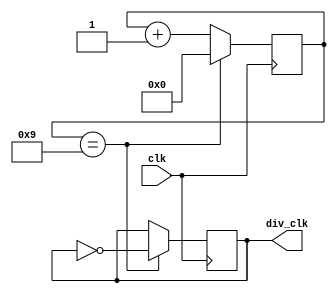
`timescale 1ns / 1ps
//////////////////////////////////////////////////////////////////////////////////
// Company: 
// Engineer: 
// 
// Design Name: 
// Module Name: div_clk
// Project Name: 
// Target Devices: 
// Tool Versions: 
// Description: 
// 
// Dependencies: 
// 
// Revision:
// Revision 0.01 - File Created
// Additional Comments:
// 
//////////////////////////////////////////////////////////////////////////////////


module div_clk( ///   5mhz clk out

    input wire clk,
    
    output wire div_clk
  

    );
    
    reg [7:0] cnt = 8'd0;
    reg div_clk_r = 1'b0;
    
    parameter DIV_PARA = 10'd9;
    
    
    always @ (posedge clk)
    begin 
        if(cnt == DIV_PARA)
            begin 
                cnt <= 8'd0;
                div_clk_r <= ~div_clk_r;
            end 
       else 
            begin 
                cnt <= cnt + 1'b1 ;
            end 
    end 
    
    assign div_clk = div_clk_r;
    

    
    
    
    
    
    
    
    
endmodule